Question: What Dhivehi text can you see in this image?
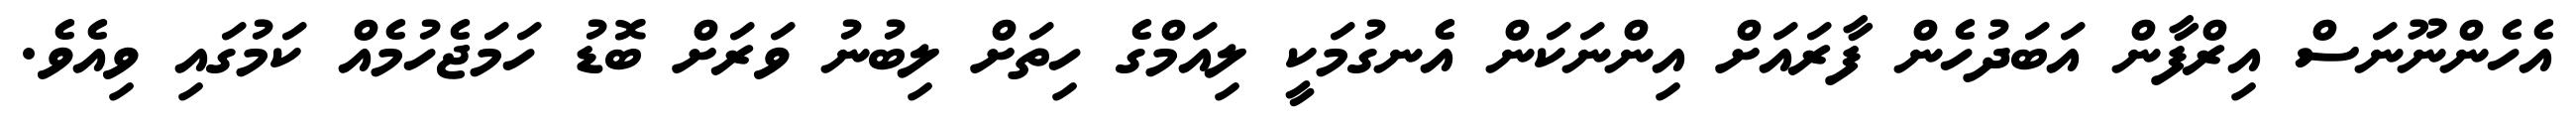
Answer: އެހެންނޫނަސް އިރްފާން އަބަދުހެން ފާރައަށް އިންނަކަން އެނގުމަކީ ލިއަމްގެ ހިތަށް ލިބުނު ވަރަށް ބޮޑު ހަމަޖެހުމެއް ކަމުގައި ވިއެވެ.